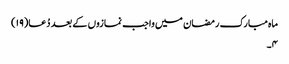
ماہ مبارک رمضان میں واجب نمازوں کے بعد دُعا(۱۹)
۴۔